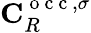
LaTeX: \mathbf{C}_{R}^{\mathrm{~o~c~c~},\sigma}